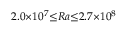
2 . 0 { \times } 1 0 ^ { 7 } { \le } R a { \le } 2 . 7 { \times } 1 0 ^ { 8 }